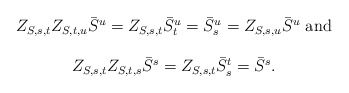
\begin{align*}\begin{array}{c}Z_{S,s,t}Z_{S,t,u}\bar{S}^{u}=Z_{S,s,t}\bar{S}^{u}_{t}= \bar{S}^{u}_{s}=Z_{S,s,u}\bar{S}^{u}\mbox{ and} \\\\Z_{S,s,t}Z_{S,t,s}\bar{S}^{s}=Z_{S,s,t}\bar{S}^{t}_{s} =\bar{S}^{s}.\end{array}\end{align*}